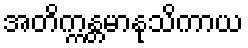
အတိက္ကန္တမာနုသိကာယ